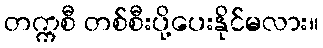
တက္ကစီ တစ်စီးပို့ပေးနိုင်မလား။